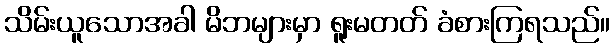
သိမ်းယူသောအခါ မိဘများမှာ ရူးမတတ် ခံစားကြရသည်။